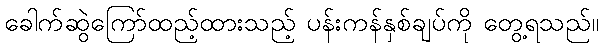
ခေါက်ဆွဲကြော်ထည့်ထားသည့် ပန်းကန်နှစ်ချပ်ကို တွေ့ရသည်။